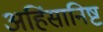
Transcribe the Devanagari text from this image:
अहिंसानिष्ट